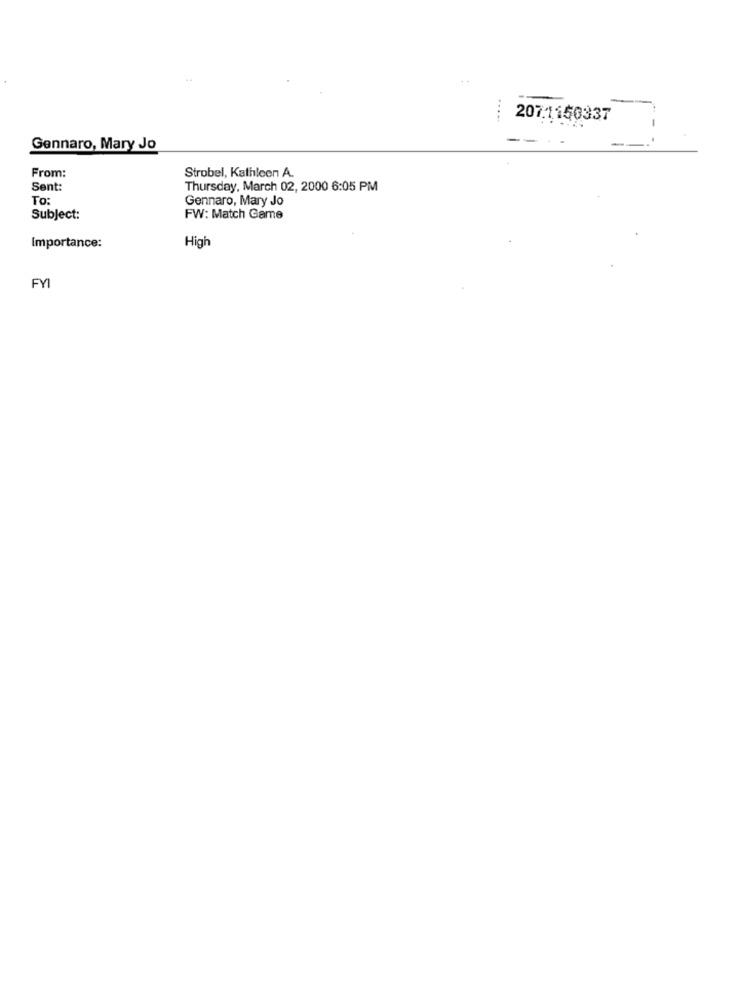
.....
207.1156337
Gennaro, Mary Jo
From:
Strobel, Kathleen A.
Sent:
Thursday, March 02, 2000 6:05 PM
To:
Gennaro, Mary Jo
Subject:
FW: Match Game
High
Importance: